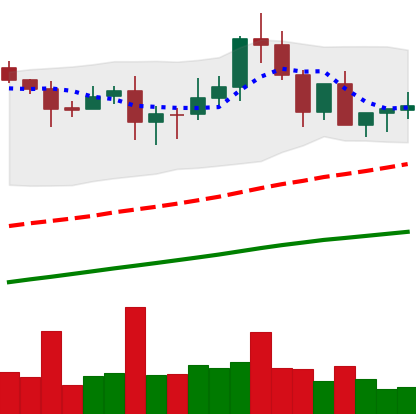
Ticker: XLM-USD
Chart end date: 2020-08-24
Forward return: -6.536%
Label: down_5_7